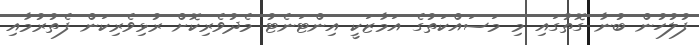
ފުލުހުން ބުނާ ގޮތުގައި މި މަސައްކަތުގެ އަމާޒަކީ އިންޓަނެޓު މެދުވެރިކޮށް ރުޅިވެރިކަން ފެތުރުމާއި